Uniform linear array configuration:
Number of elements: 48
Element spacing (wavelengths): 0.25
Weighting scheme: hamming
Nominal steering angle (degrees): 30
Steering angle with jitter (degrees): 28.001
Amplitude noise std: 0.05
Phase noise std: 0.05

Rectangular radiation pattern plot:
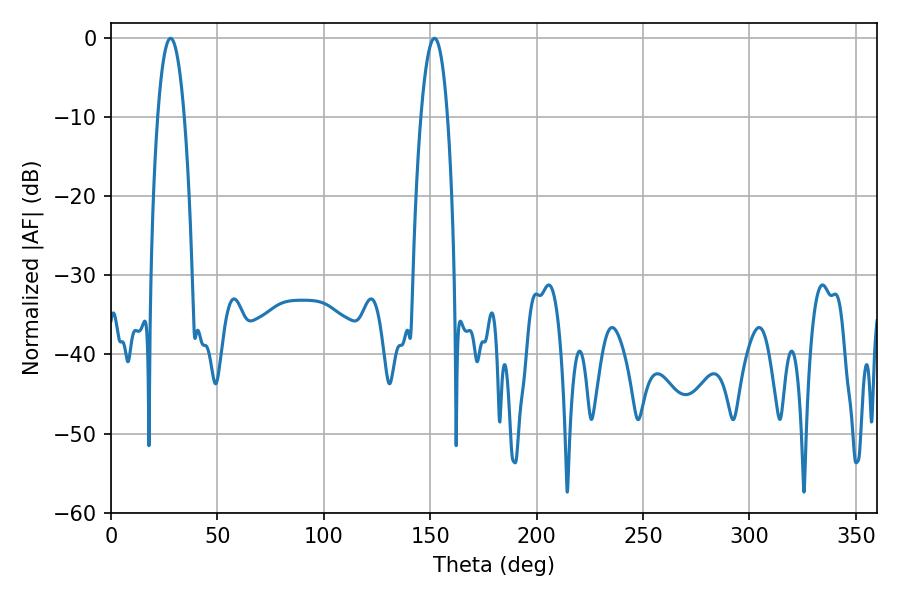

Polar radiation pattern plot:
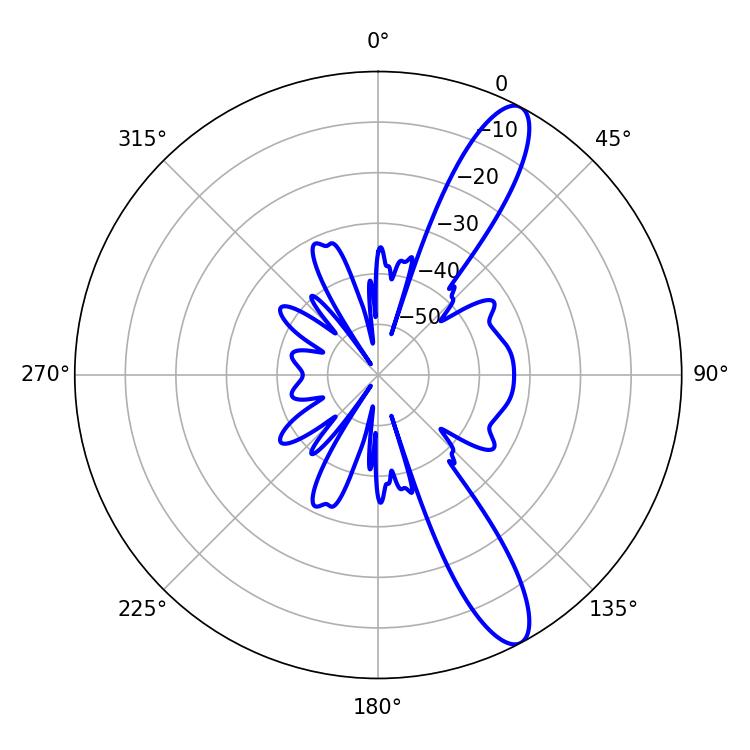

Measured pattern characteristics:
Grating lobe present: FALSE
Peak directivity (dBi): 12.129
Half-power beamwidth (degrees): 6.84
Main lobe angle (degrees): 151.92